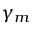
\gamma _ { m }